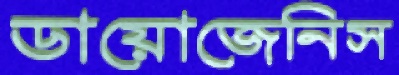
ডায়োজেনিস